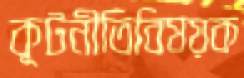
কূটনীতিবিষয়ক